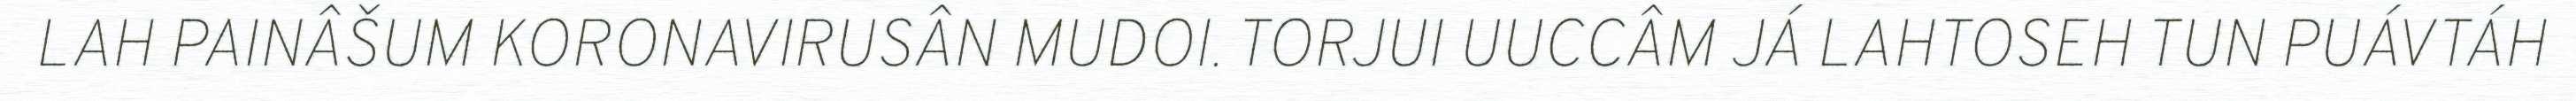
LAH PAINÂŠUM KORONAVIRUSÂN MUDOI. TORJUI UUCCÂM JÁ LAHTOSEH TUN PUÁVTÁH